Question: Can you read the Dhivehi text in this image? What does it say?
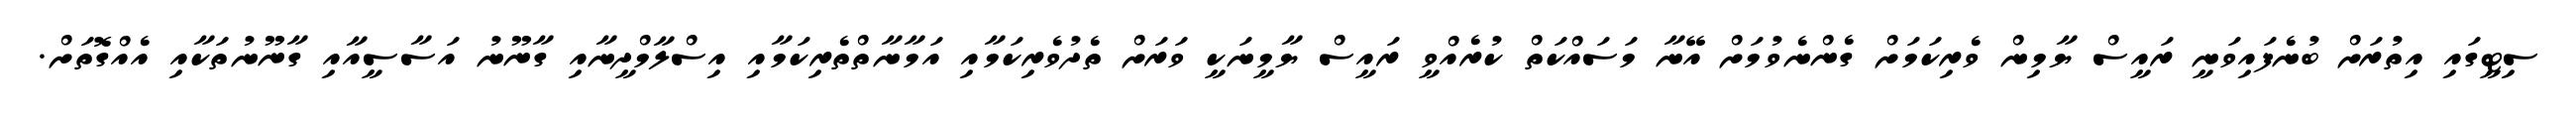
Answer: ސިޓީގައި އިތުރަށް ބުނެފައިވަނީ ރައީސް ޔާމިން ވެރިކަމަށް ގެންނެވުމަށް އޭނާ މަސައްކަތް ކުރެއްވީ ރައީސް ޔާމީނަކީ ވަރަށް ތެދުވެރިކަމާއި އަމާނާތްތެރިކަމާއި އިސްލާމްދީނާއި ގާނޫނު އަސާސީއާއި ގާނޫނުތަކާއި އެއްގޮތަށް.